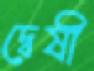
দ্বেষী